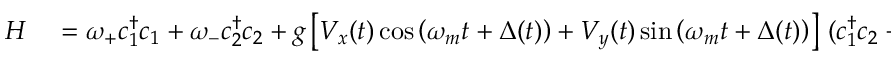
\begin{array} { r l } { H } & { { } = \omega _ { + } c _ { 1 } ^ { \dagger } c _ { 1 } + \omega _ { - } c _ { 2 } ^ { \dagger } c _ { 2 } + g \left[ V _ { x } ( t ) \cos \left( \omega _ { m } t + \Delta ( t ) \right) + V _ { y } ( t ) \sin \left( \omega _ { m } t + \Delta ( t ) \right) \right] \, ( c _ { 1 } ^ { \dagger } c _ { 2 } + c _ { 2 } ^ { \dagger } c _ { 1 } ) } \end{array}